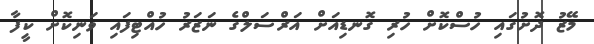
މޭޒު ދޮށުގައި ހުސްކޮށް ހުރި ގޮނޑިއަށް އަރްސަލްގެ ނަޒަރު ހުއްޓިފައި ވަނިކޮށް ކީފާ